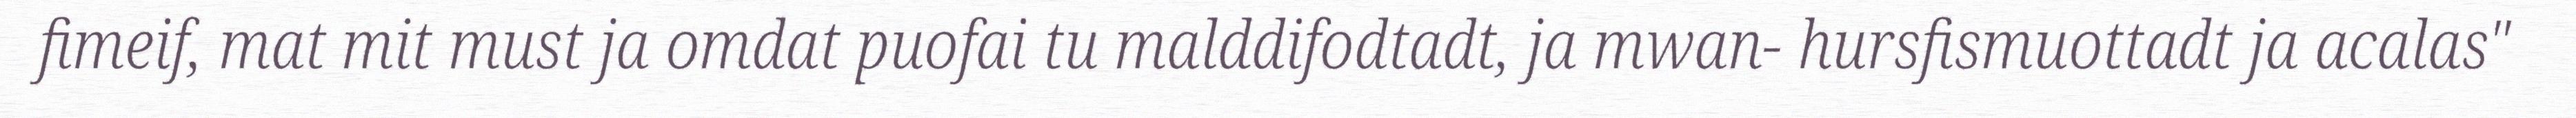
fimeif, mat mit must ja omdat puofai tu malddifodtadt, ja mwan- hursfismuottadt ja acalas"